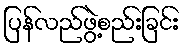
ပြန်လည်ဖွဲ့စည်းခြင်း